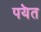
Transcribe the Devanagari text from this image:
पयॆत